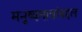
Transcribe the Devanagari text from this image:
मनुष्यमात्रांबद्दल